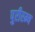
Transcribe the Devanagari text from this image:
पुरीरम्य